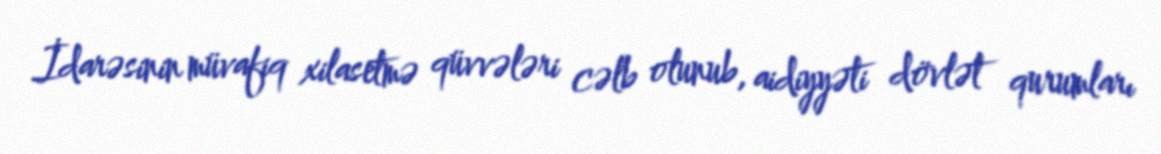
İdarəsinin müvafiq xilasetmə qüvvələri cəlb olunub, aidiyyəti dövlət qurumları